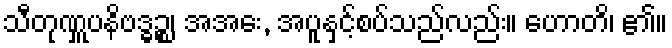
သီတုဏှူပနိဗဒ္ဓဉ္စ၊ အအေး, အပူနှင့်စပ်သည်လည်း။ ဟောတိ၊ ၏။